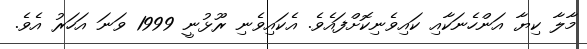
މާލާ ކިޔާ އަންހެނަކާއި ކައިވެނިކޮށްފައެވެ. އެކައިވެނި ރޫޅުނީ 1999 ވަނަ އަހަރު އެވެ.